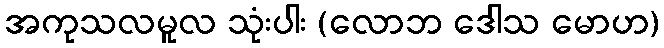
အကုသလမူလ သုံးပါး (လောဘ ဒေါသ မောဟ)